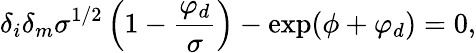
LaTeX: \delta_{i}\delta_{m}\sigma^{1/2}\left(1-\frac{\varphi_{d}}{\sigma}\right)-\exp(\phi+\varphi_{d})=0,